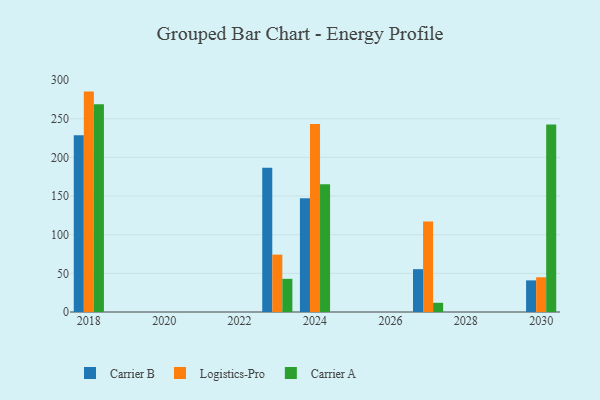
{"axis": {"x": "Year", "y": "Inventory Turnover"}, "legend": ["Carrier A", "Carrier B", "Logistics-Pro"], "data": [{"x": "2024", "y": 147.0, "type": "Carrier B"}, {"x": "2024", "y": 243.2, "type": "Logistics-Pro"}, {"x": "2024", "y": 165.1, "type": "Carrier A"}, {"x": "2023", "y": 186.6, "type": "Carrier B"}, {"x": "2023", "y": 74.2, "type": "Logistics-Pro"}, {"x": "2023", "y": 42.9, "type": "Carrier A"}, {"x": "2027", "y": 55.4, "type": "Carrier B"}, {"x": "2027", "y": 117.2, "type": "Logistics-Pro"}, {"x": "2027", "y": 11.9, "type": "Carrier A"}, {"x": "2030", "y": 40.9, "type": "Carrier B"}, {"x": "2030", "y": 44.9, "type": "Logistics-Pro"}, {"x": "2030", "y": 242.4, "type": "Carrier A"}, {"x": "2018", "y": 228.5, "type": "Carrier B"}, {"x": "2018", "y": 285.1, "type": "Logistics-Pro"}, {"x": "2018", "y": 268.8, "type": "Carrier A"}]}